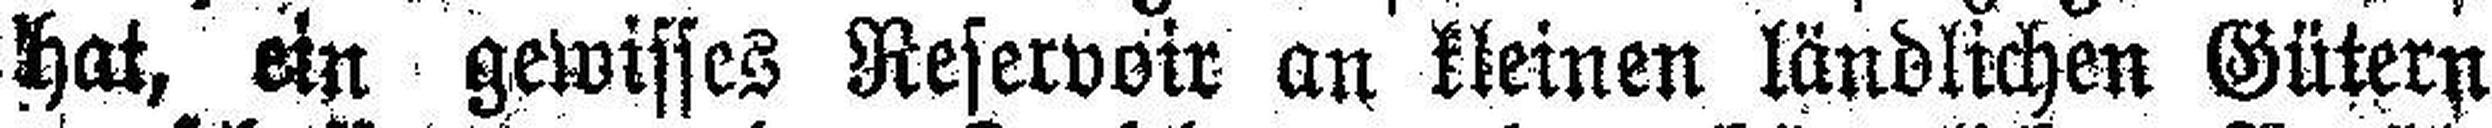
hat, ein gewisses Reservoir an kleinen ländlichen Gütern